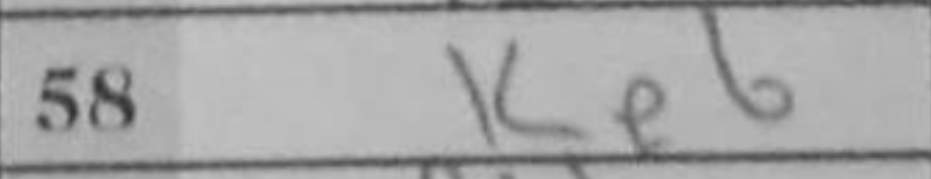
Transcription: Ke6